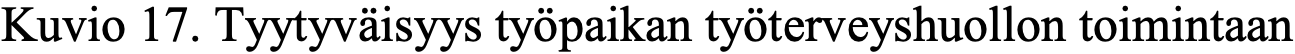
Kuvio 17. Tyytyväisyys työpaikan työterveyshuollon toimintaan